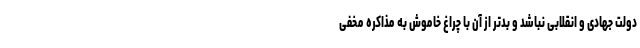
دولت جهادی و انقلابی نباشد و بدتر از آن با چراغ خاموش به مذاکره مخفی